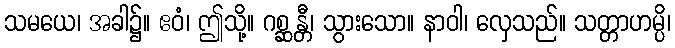
သမယေ၊ အခါ၌။ ဧဝံ၊ ဤသို့။ ဂစ္ဆန္တီ၊ သွားသော။ နာဝါ၊ လှေသည်။ သတ္တာဟမ္ပိ၊